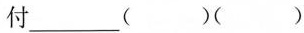
付___（）（）